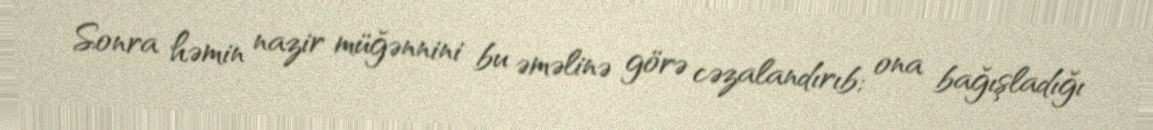
Sonra həmin nazir müğənnini bu əməlinə görə cəzalandırıb; ona bağışladığı